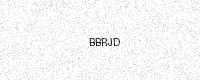
Text: BBRJD